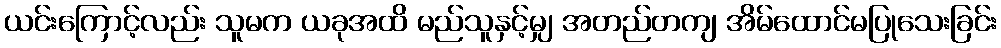
ယင်းကြောင့်လည်း သူမက ယခုအထိ မည်သူနှင့်မျှ အတည်တကျ အိမ်ထောင်မပြုသေးခြင်း